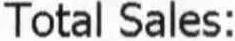
TOTAL SALES: